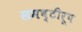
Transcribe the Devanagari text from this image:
समष्टीरूप